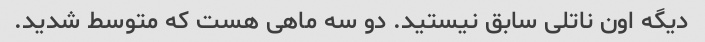
دیگه اون ناتلی سابق نیستید. دو سه ماهی هست که متوسط شدید.